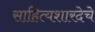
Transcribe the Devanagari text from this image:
साहित्यशारदेचे